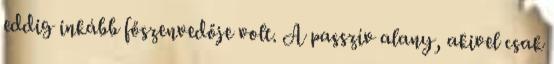
eddig inkább főszenvedője volt. A passzív alany, akivel csak